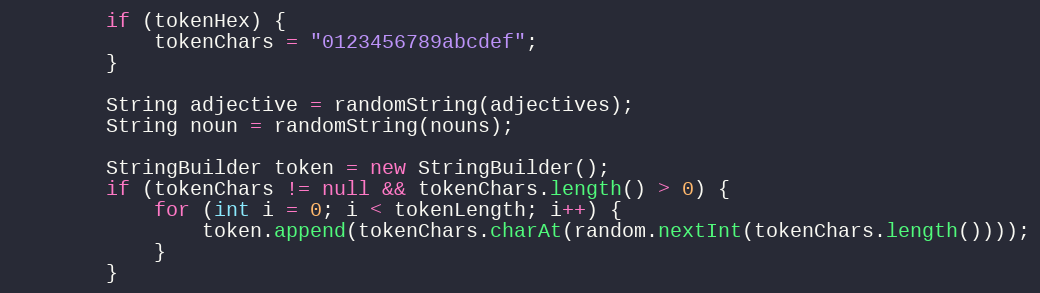
Language: Java
        if (tokenHex) {
            tokenChars = "0123456789abcdef";
        }

        String adjective = randomString(adjectives);
        String noun = randomString(nouns);

        StringBuilder token = new StringBuilder();
        if (tokenChars != null && tokenChars.length() > 0) {
            for (int i = 0; i < tokenLength; i++) {
                token.append(tokenChars.charAt(random.nextInt(tokenChars.length())));
            }
        }